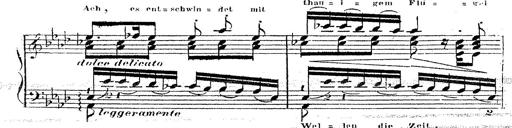
Title: 12 Lieder von Franz Schubert
Composer: Franz Liszt